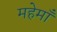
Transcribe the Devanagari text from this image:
महेमाँ